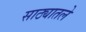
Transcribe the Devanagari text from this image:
साठ्यातले